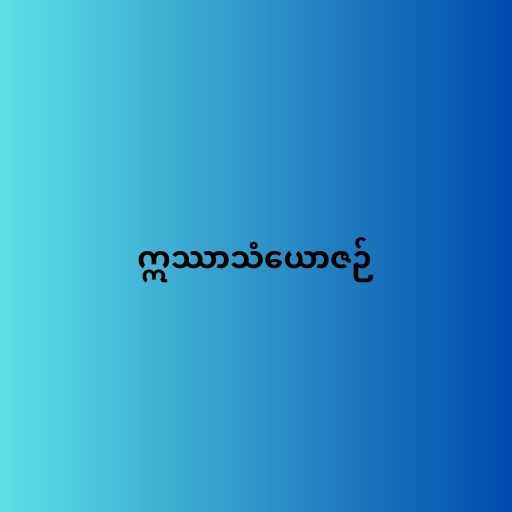
ဣဿာသံယောဇဉ်